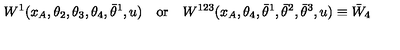
W ^ { 1 } ( x _ { A } , \theta _ { 2 } , \theta _ { 3 } , \theta _ { 4 } , \bar { \theta } ^ { 1 } , u ) \quad \mathrm { o r } \quad W ^ { 1 2 3 } ( x _ { A } , \theta _ { 4 } , \bar { \theta } ^ { 1 } , \bar { \theta } ^ { 2 } , \bar { \theta } ^ { 3 } , u ) \equiv \bar { W } _ { 4 }